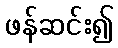
ဖန်ဆင်း၍